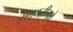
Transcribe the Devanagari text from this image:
समृदद्धीमुळे